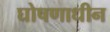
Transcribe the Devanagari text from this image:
घोषणाधीन